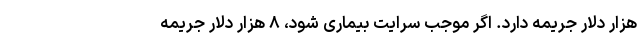
هزار دلار جریمه دارد. اگر موجب سرایت بیماری شود، ۸ هزار دلار جریمه